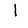
Digit: 1